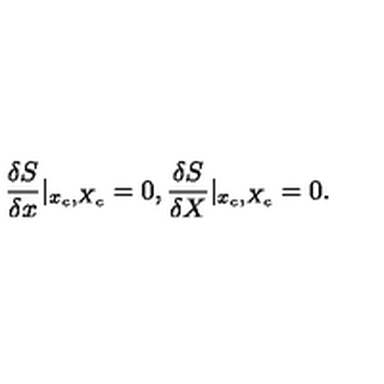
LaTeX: \frac { \delta S } { \delta x } | _ { x _ { c } , X _ { c } } = 0 , \frac { \delta S } { \delta X } | _ { x _ { c } , X _ { c } } = 0 .